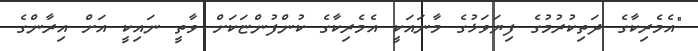
"އެމެރިކާގެ ދަތިކުރުމުގެ ފިޔަވަޅުގެ މާނައަކީ އެމެރިކާގެ ކުންފުންޏަކަށް ވާތީ ނައިކީ އަށް އިރާންގެ